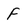
Character: F